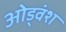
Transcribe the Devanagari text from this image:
ओड्वंश